Indian journal of veterinary science and animal husbandry - Volume 3,
Year: 1933
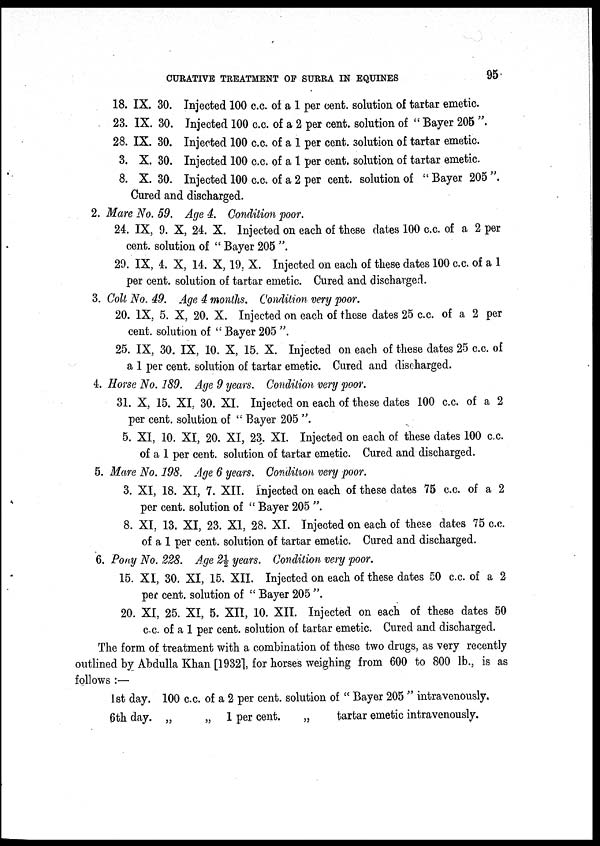
CURATIVE TREATMENT OF SURRA IN EQUINES
95
18. IX. 30. Injected 100 c.c. of a 1 per cent. solution of tartar emetic.
23. IX. 30. Injected 100 c.c. of a 2 per cent. solution of " Bayer 205 ".
28. IX. 30. Injected 100 c.c. of a 1 per cent. solution of tartar emetic.
3. X. 30. Injected 100 c.c. of a 1 per cent. solution of tartar emetic.
8. X. 30. Injected 100 c.c. of a 2 per cent. solution of "Bayer 205".
Cured and discharged.
2. Mare No. 59. Age 4. Condition poor.
24. IX, 9. X, 24. X. Injected on each of these dates 100 c.c. of a 2 per
cent. solution of " Bayer 205 ".
29. IX, 4. X, 14. X, 19, X. Injected on each of these dates 100 c.c. of a 1
per cent. solution of tartar emetic. Cured and discharged.
3. Colt No. 49. Age 4 months. Condition very poor.
20. IX, 5. X, 20. X. Injected on each of these dates 25 c.c. of a 2 per
cent. solution of " Bayer 205 ".
25. IX, 30. IX, 10. X, 15. X. Injected on each of these dates 25 c.c. of
a 1 per cent. solution of tartar emetic. Cured and discharged.
4. Horse No. 189. Age 9 years. Condition very poor.
31. X, 15. XI. 30. XI. Injected on each of these dates 100 c.c. of a 2
per cent. solution of " Bayer 205 ".
5. XI, 10. XI, 20. XI, 23. XI. Injected on each of these dates 100 c.c.
of a 1 per cent. solution of tartar emetic. Cured and discharged.
5. Mare No. 198. Age 6 years. Condition very poor.
3. XI, 18. XI, 7. XII. injected on each of these dates 75 c.c. of a 2
per cent. solution of " Bayer 205 ".
8. XI, 13. XI, 23. XI, 28. XI Injected on each of these dates 75 c.c.
of a 1 per cent. solution of tartar emetic. Cured and discharged.
6. Pony No. 228. Age 2½ years. Condition very poor.
15. XI, 30. XI, 15. XII. Injected on each of these dates 50 c.c. of a 2
per cent. solution of " Bayer 205 ".
20. XI, 25. XI, 5. XII, 10. XII. Injected on each of these dates 50
c.c. of a 1 per cent. solution of tartar emetic. Cured and discharged.
The form of treatment with a combination of these two drugs, as very recently
outlined by Abdulla Khan [1932], for horses weighing from 600 to 800 lb., is as
follows :—
1st day. 100 c.c. of a 2 per cent. solution of " Bayer 205 " intravenously.
6th day. „
„ 1 per cent.
„
tartar emetic intravenously.